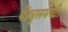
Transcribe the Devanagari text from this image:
पेंड्युलमची